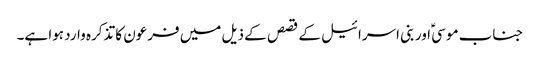
جناب موسیؑ اور بنی اسرائیل کے قصص کے ذیل میں فرعون کا تذکرہ وارد ہوا ہے۔